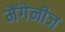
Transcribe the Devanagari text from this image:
मैंगेनीज